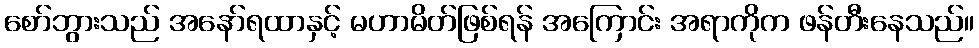
စော်ဘွားသည် အနော်ရထာနှင့် မဟာမိတ်ဖြစ်ရန် အကြောင်း အရာကိုက ဖန်တီးနေသည်။